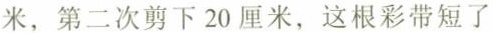
米，第二次剪下20厘米，这根彩带短了